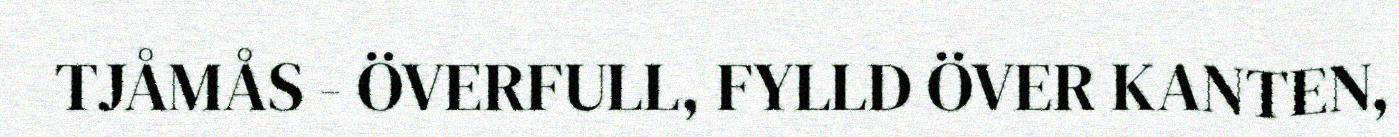
TJÅMÅS - ÖVERFULL, FYLLD ÖVER KANTEN,